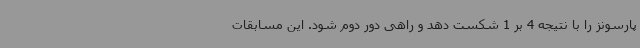
پارسونز را با نتیجه 4 بر 1 شکست دهد و راهی دور دوم شود. این مسابقات